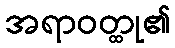
အရာဝတ္ထု၏